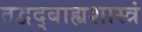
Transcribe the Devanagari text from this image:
तद्वद्बाह्यशास्त्रं